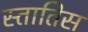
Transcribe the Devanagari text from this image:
स्तातिस